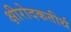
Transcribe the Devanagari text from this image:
क्षीरोदकतीर्थ